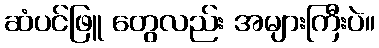
ဆံပင်ဖြူ တွေလည်း အများကြီးပဲ။